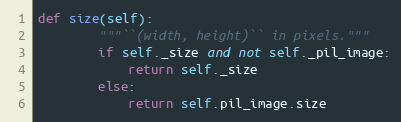
Language: Python
def size(self):
        """``(width, height)`` in pixels."""
        if self._size and not self._pil_image:
            return self._size
        else:
            return self.pil_image.size